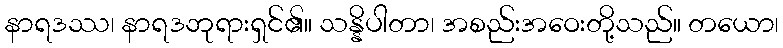
နာရဒဿ၊ နာရဒဘုရားရှင်၏။ သန္နိပါတာ၊ အစည်းအဝေးတို့သည်။ တယော၊